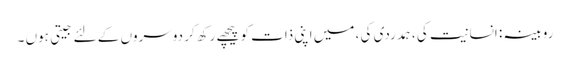
روبینہ : انسانیت کی ، ہمدردی کی ، میں اپنی ذات کو پیچھے رکھ کر دوسروں کے لئے جیتی ہوں ۔